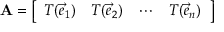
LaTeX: \mathbf { A } = { \left[ \begin{array} { l l l l } { T ( { \vec { e } } _ { 1 } ) } & { T ( { \vec { e } } _ { 2 } ) } & { \cdots } & { T ( { \vec { e } } _ { n } ) } \end{array} \right] }